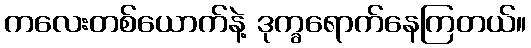
ကလေးတစ်ယောက်နဲ့ ဒုက္ခရောက်နေကြတယ်။